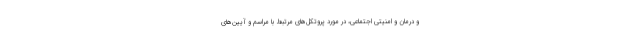
و درمان و امنیتی اجتماعی، در مورد پروتکل‌های مرتبط با مراسم و آیین‌های